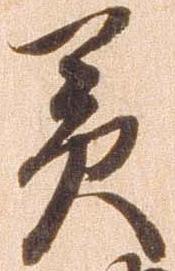
美